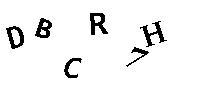
DBCR7H